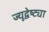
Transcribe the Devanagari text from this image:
ज्यूद्वेष्ट्या